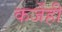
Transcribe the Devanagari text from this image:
कर्जेही